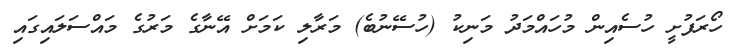
ހޯރަފުށީ ހުސެއިން މުހައްމަދު މަނިކު (ހުސޭނުބެ) މަރާލި ކަމަށް އޭނާގެ މަރުގެ މައްސަލައިގައި